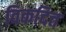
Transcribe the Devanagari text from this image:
विकदित